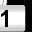
Digit: 1